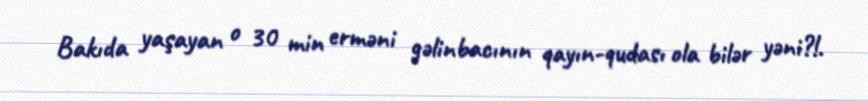
Bakıda yaşayan o 30 min erməni gəlinbacının qayın-qudası ola bilər yəni?!.